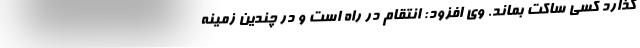
گذارد کسی ساکت بماند. وی افزود: انتقام در راه است و در چندین زمینه